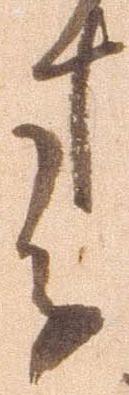
春